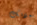
سجلاتك